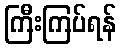
ကြီးကြပ်ရန်